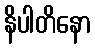
နိပါတိနော